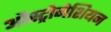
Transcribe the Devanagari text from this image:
औस्ट्रोनेशियन